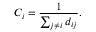
C _ { i } = \frac { 1 } { \sum _ { j \neq i } d _ { i j } } .